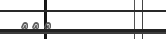
٢٤٥